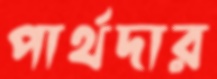
পার্থদার